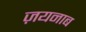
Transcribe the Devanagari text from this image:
ज़यनाब